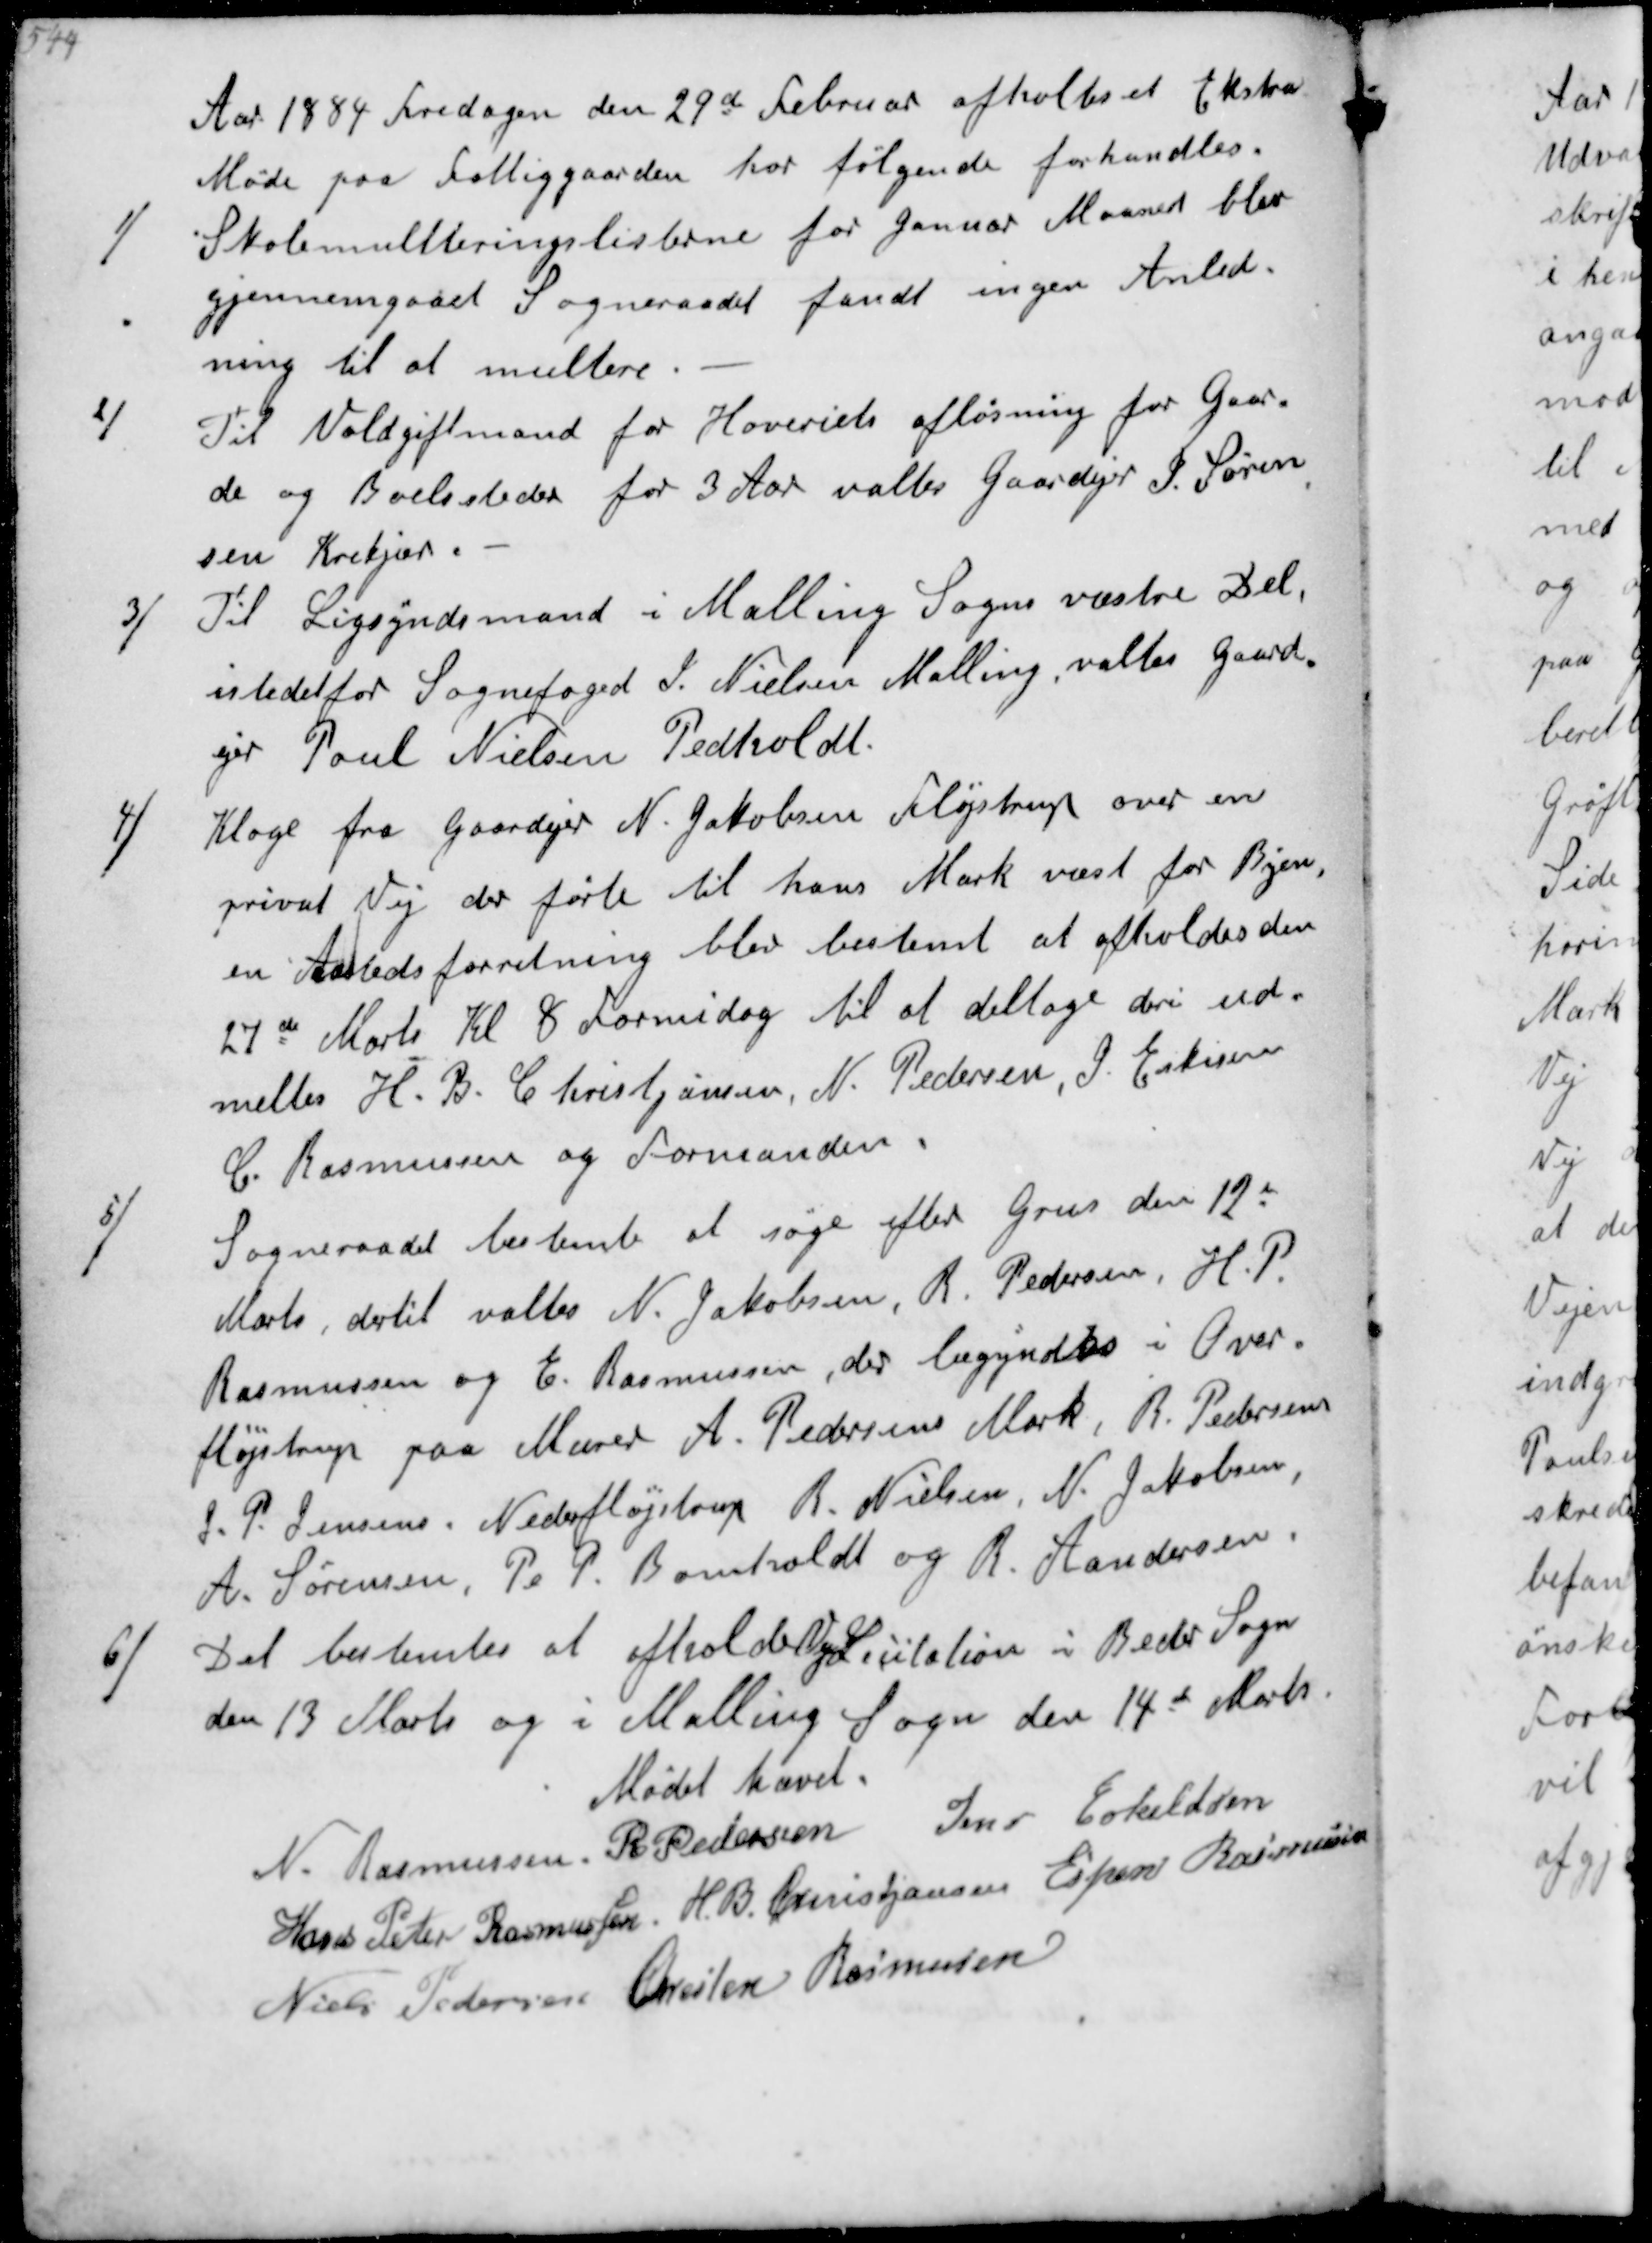
Transskription:
Aar 1884 Fredagen den 29d Februar afholtes et Ekstra
Møde paa Fattiggaarden hor følgende forhandles
1/
Skolemulteringslisterne for Januar Maaned blev
gjennemgaaet. Sogneraadet fandt ingen Anled-
ning til at multere
2/
Til Voldgiftmand for Hoveriets afløsning for Gaar-
de og Beboelssteder for 3 Aar valtes Gaardejer J Søren-
sen Krekjær
3/
Til Ligsynsmand i Malling Sogns væstre Del
istedetfor Sognefoged J Nielsen Malling valtes Gaard-
ejer Poul Nielsen Pedholdt'
4/
Klage fra Gaardejer N Jakobsen Fløjstrup over en
privat Vej der førte til hans Mark væst for Byen,
en Aastedsforretning blev bestemt at afholdes den
27de arts Kl 8 Formiddag til at deltage deri ud-
meltes H B Christjansen, N Pedersen, J Eskildsen
C Rasmussen og Formanden
5/
Sogneraadet bestemte at søge efter Grus den 12te 
Marts, dertil valtes N Jakobsen, R Pedersen, H P
Rasmussen og E Rasmussen, der begyndes i Over-
fløjstrup paa Murer A Pedersens Mark, R Pedersen
J P Jensens Nederfløjstrup R Nielsen, N Jakobsen
A Sørensen. P P Bomholdt og R Andersen
6/
Det bestemtes at afholde Licitation i Beder Sogn
den 13 Marts og i Malling Sogn den 14de Marts
Mødet hævet
N Rasmussen
R Pedersen
Jens Eskildsen
Hans Peder Rasmussen
H B Christjansen
Ejner Rasmussen
Niels Pedersen
Chresten Rasmussen